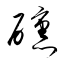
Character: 醺